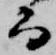
而